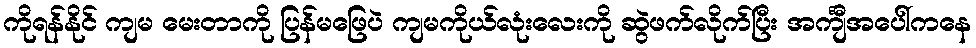
ကိုရန်နိုင် ကျမ မေးတာကို ပြန်မဖြေပဲ ကျမကိုယ်လုံးလေးကို ဆွဲဖက်လိုက်ပြီး အင်္ကျီအပေါ်ကနေ